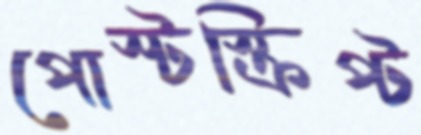
পোস্টস্ক্রিপ্ট